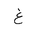
Letter: _gayn